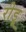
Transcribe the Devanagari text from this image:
रीडू